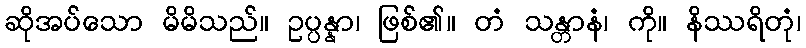
ဆိုအပ်သော မိမိသည်။ ဥပ္ပန္နာ၊ ဖြစ်၏။ တံ သန္တာနံ၊ ကို။ နိဿရိတုံ၊